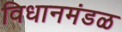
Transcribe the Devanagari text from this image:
विधानमंडळ